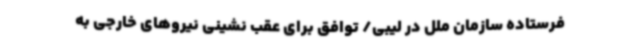
فرستاده سازمان ملل در لیبی/ توافق برای عقب نشینی نیروهای خارجی به